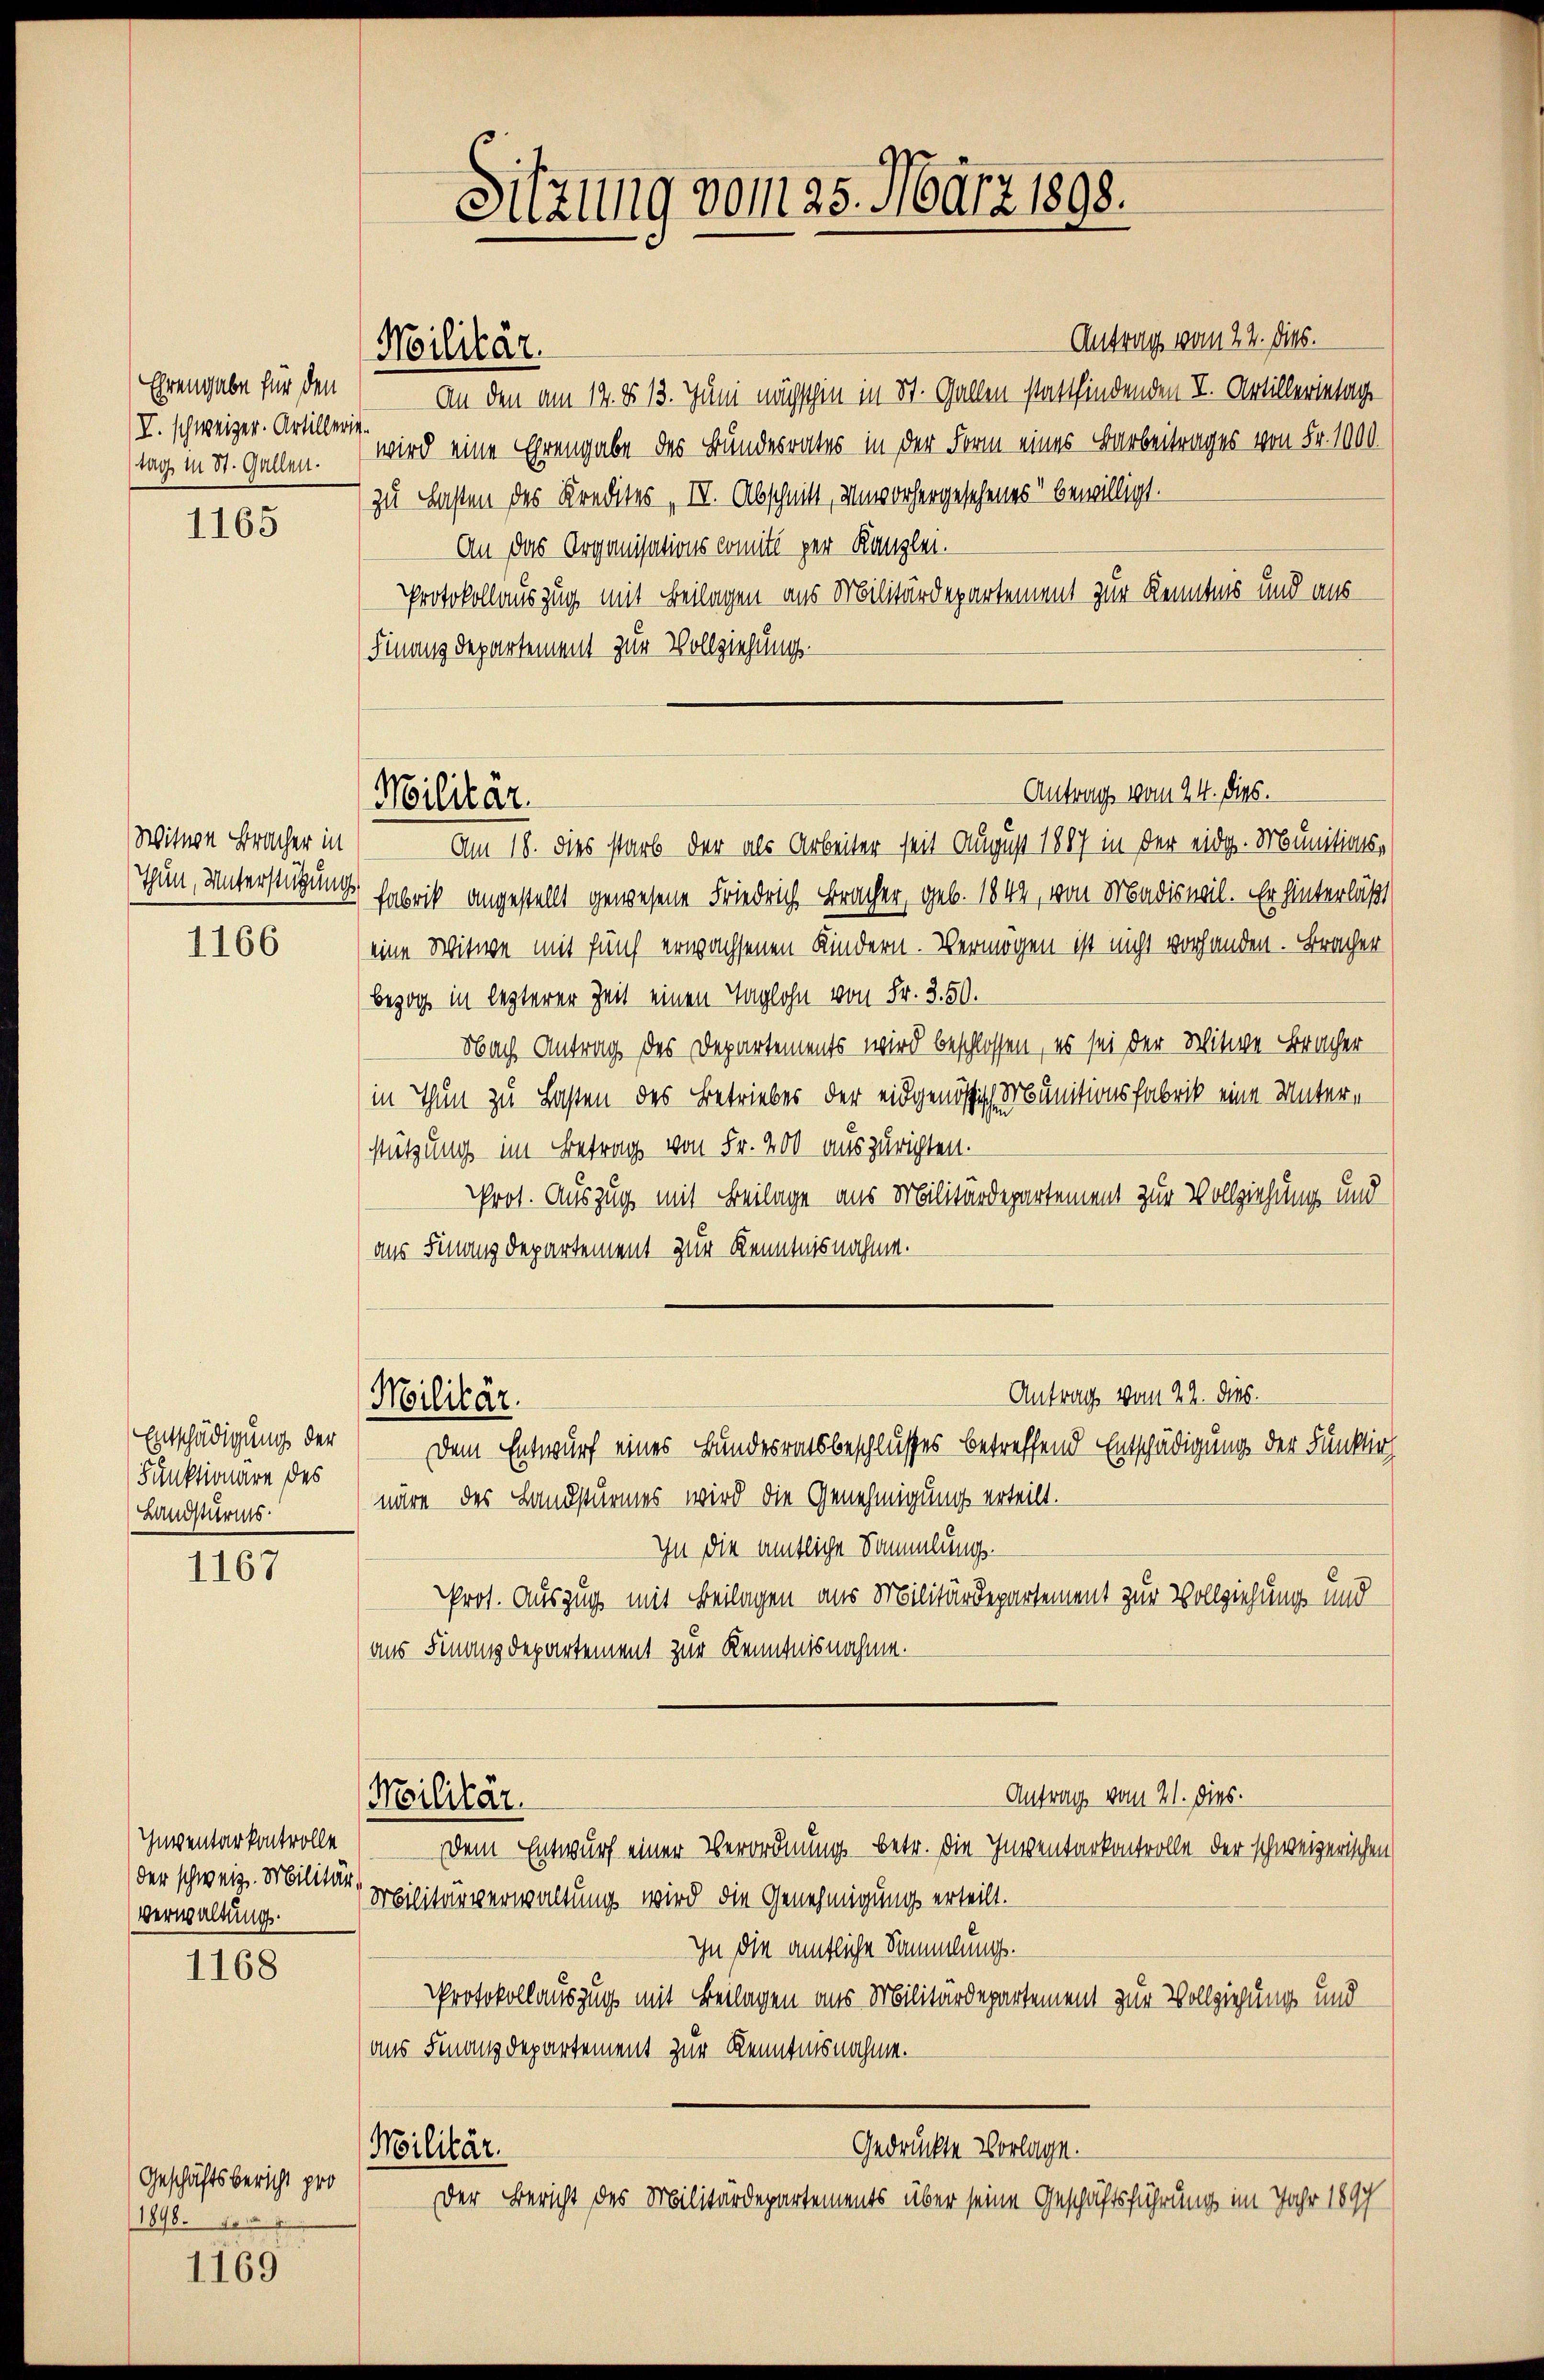
Ehrengabe für den
V. schweizer. Artillerig.
tag in St. Gallen.

1165

Witwe Bracher in
Thun, Unterstützung

1166

Entschädigung der
Funktionare des
Landsturms

1167

Inventarkontrolle
der schweiz. Militär,
Verwaltung.

1168

Geschäftsbericht pro
1898. 10

1169

Antrag vom 22. Dieb.
An den am 14. §. 13. Juni nächschen in St. Gallen stattfindenden I. Artillerietag
wird eine Ehrengabe des Bundesrates in der Form eines Barbeitrages von Fr. 1000.
zu Lasten des Kredites IV. Abschnitt, Unvorhergesehenes“ bewilligt.
An das Organisations Comité per Kanzlei.
Protokollauszug mit Beilagen aus Militärdepartement zur Kenntnis und aus
Finanzdepartement zur Vollziehung.

Militär.

Militär

Militär.

Sitzung vom 25. März 1898.

Antrag vom 24. dies.

Antrag vom 22. dies

Am 18. dies starb der als Arbeiter seit August 1887 in der eidg. Munitionsfabrik angestellt gewesene Friedrich Bracher, geb. 1842, von Madiswil. Er hinterläßt
eine Witwe mit fünf erwachsenen Kindern. Vermögen ist nicht vorhanden. Bracher
bezog in lezterer Zeit einen Taglohn von Fr. 3. 50.
Nach Antrag des Departements wird beschlossen, es sei der Witwe Bracher
in Thun zu Lasten des Betriebes der eidgenössig Munitionsfabrik eine Unter-
stützung im Betrag von Fr. 200 auszurichten.
Prot. Auszug mit Beilage aus Militärdepartement zur Vollziehung und
aus Finanzdepartement zur Kenntnisnahme.
dem Entwurf eines Bundesratsbeschlusses betreffend Entschädigung der Funktio
näre des Landsturmes wird die Genehmigung erteilt.
In die amtliche Sammlungs¬
Prot. Auszug mit Beilagen aus Militärdepartement zur Vollziehung und
aus Finanzdepartement zur Kenntnisnahme.
Antrag vom 21. dies
Militär.
Dem Entwurf einer Verordnung betr. die Inventarkontrolle der schweizerischen
Militärverwaltung wird die Genehmigung erteilt.
In die amtliche Sammlungs¬
Protokollauszug mit Beilagen aus Militärdepartement zur Vollziehung und
(aus Finanzdepartement zur Kenntnisnahme.
Gedrückte Vorlage.
Militär.
Der Bericht des Militärdepartements über seine Geschäftsführung im Jahr 1897